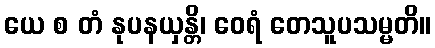
ယေ စ တံ နုပနယှန္တိ၊ ဝေရံ တေသူပသမ္မတိ။